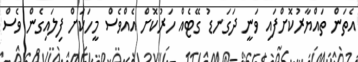
އެތަން ތައްޔާރުކޮށްފައި ވަނީ ދަގަނޑު ގޭޓެއް ހަރުކޮށް އެއްވެސް މީހަކަށް ފިލައިގެން ވެސް